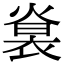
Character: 𧚵